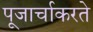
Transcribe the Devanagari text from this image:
पूजार्चाकरते